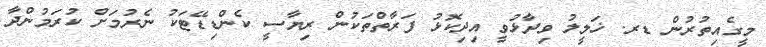
މީގެއިތުރުން ޑރ. ޚަލީލު ވިދާޅުވީ އިދިކޮޅު ފަރާތްތަކުން ރިޔާސީ ކެންޑިޑޭޓަކު ނެރުމަށް ކުރަމުންދާ